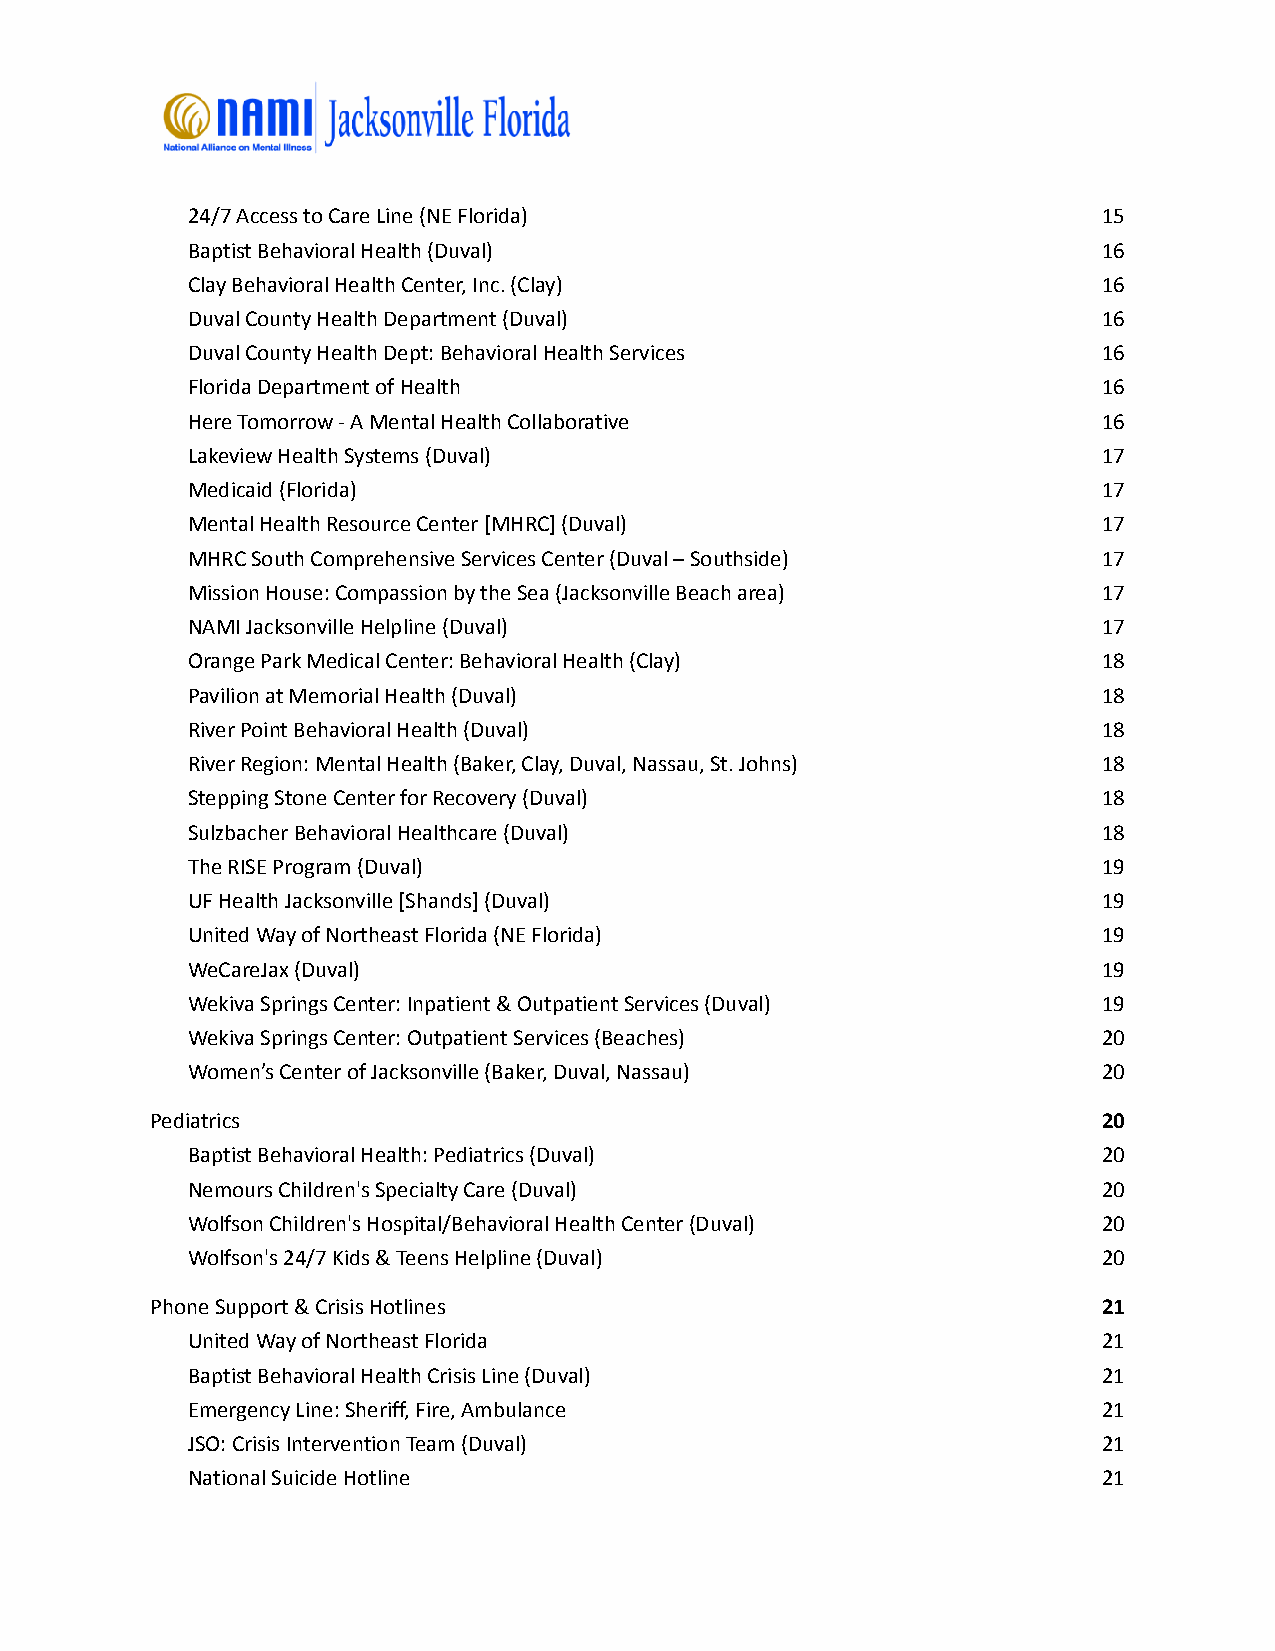
24/7 Access to Care Line (NE Florida)                        15
 Baptist Behavioral Health (Duval)                            16
 Clay Behavioral Health Center, Inc. (Clay)                   16
 Duval County Health Department (Duval)                       16
 Duval County Health Dept: Behavioral Health Services         16
 Florida Department of Health                                 16
 Here Tomorrow - A Mental Health Collaborative                16
 Lakeview Health Systems (Duval)                              17
 Medicaid (Florida)                                           17
 Mental Health Resource Center [MHRC] (Duval)                 17
 MHRC South Comprehensive Services Center (Duval – Southside) 17
 Mission House: Compassion by the Sea (Jacksonville Beach area) 17
 NAMI Jacksonville Helpline (Duval)                           17
 Orange Park Medical Center: Behavioral Health (Clay)         18
 Pavilion at Memorial Health (Duval)                          18
 River Point Behavioral Health (Duval)                        18
 River Region: Mental Health (Baker, Clay, Duval, Nassau, St. Johns) 18
 Stepping Stone Center for Recovery (Duval)                   18
 Sulzbacher Behavioral Healthcare (Duval)                     18
 The RISE Program (Duval)                                     19
 UF Health Jacksonville [Shands] (Duval)                      19
 United Way of Northeast Florida (NE Florida)                 19
 WeCareJax (Duval)                                            19
 Wekiva Springs Center: Inpatient & Outpatient Services (Duval) 19
 Wekiva Springs Center: Outpatient Services (Beaches)         20
 Women’s Center of Jacksonville (Baker, Duval, Nassau)        20
 Pediatrics                                                     20
 Baptist Behavioral Health: Pediatrics (Duval)                20
 Nemours Children's Specialty Care (Duval)                    20
 Wolfson Children's Hospital/Behavioral Health Center (Duval) 20
 Wolfson's 24/7 Kids & Teens Helpline (Duval)                 20
 Phone Support & Crisis Hotlines                                21
 United Way of Northeast Florida                              21
 Baptist Behavioral Health Crisis Line (Duval)                21
 Emergency Line: Sheriff, Fire, Ambulance                     21
 JSO: Crisis Intervention Team (Duval)                        21
 National Suicide Hotline                                     21